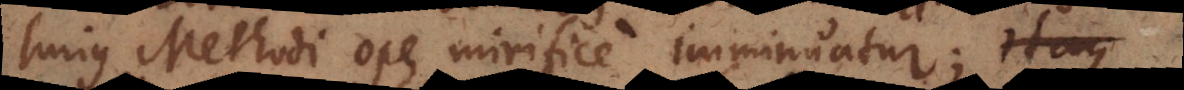
hujus Methodi ope mirifice imminuatur;